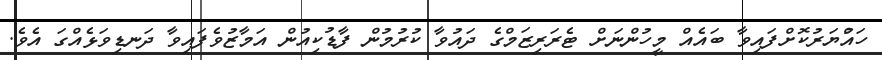
ހައްުޔަރުކޮށްފައިވާ ބައެއް މީހުންނަށް ޓެރަރިޒަމްގެ ދައުވާ ކުރުމުން ފާޑުކިއުން އަމާޒުވެފައިވާ ދަނޑިވަޅެއްްގަ އެވެ.